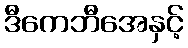
ဒီကေဘီအေနှင့်